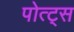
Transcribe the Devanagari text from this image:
पोत्ट्स